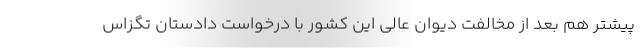
پیشتر هم بعد از مخالفت دیوان عالی این کشور با درخواست دادستان تگزاس